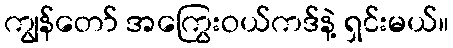
ကျွန်တော် အကြွေးဝယ်ကဒ်နဲ့ ရှင်းမယ်။